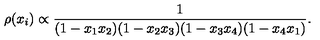
\rho ( x _ { i } ) \propto \frac { 1 } { ( 1 - x _ { 1 } x _ { 2 } ) ( 1 - x _ { 2 } x _ { 3 } ) ( 1 - x _ { 3 } x _ { 4 } ) ( 1 - x _ { 4 } x _ { 1 } ) } .